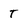
Character: T